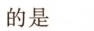
的是